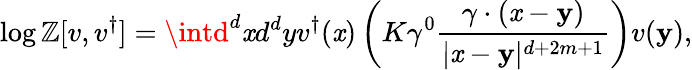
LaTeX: \log\mathbb{Z}[{v},{v}^{\dagger}]=\intd^{d}{\mathit{x}}d^{d}{y}{v}^{\dagger}({\mathbf{{\mathit{x}}}})\left(K\gamma^{0}\frac{{\gamma\cdot({\mathbf{{\mathit{x}}}}-{\mathbf{{y}}})}}{{|{\mathbf{{\mathit{x}}}}-{\mathbf{{y}}}|^{d+2m+1}}}\right){v}({\mathbf{{y}}}),